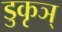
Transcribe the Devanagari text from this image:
डुकृञ्